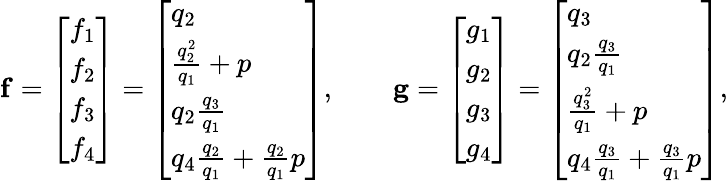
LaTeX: \mathbf{f}=\left[\begin{array}{l}{f_{1}}\\ {f_{2}}\\ {f_{3}}\\ {f_{4}}\end{array}\right]=\left[\begin{array}{l}{q_{2}}\\ {\frac{q_{2}^{2}}{q_{1}}+p}\\ {q_{2}\frac{q_{3}}{q_{1}}}\\ {q_{4}\frac{q_{2}}{q_{1}}+\frac{q_{2}}{q_{1}}p}\end{array}\right],\qquad\mathbf{g}=\left[\begin{array}{l}{g_{1}}\\ {g_{2}}\\ {g_{3}}\\ {g_{4}}\end{array}\right]=\left[\begin{array}{l}{q_{3}}\\ {q_{2}\frac{q_{3}}{q_{1}}}\\ {\frac{q_{3}^{2}}{q_{1}}+p}\\ {q_{4}\frac{q_{3}}{q_{1}}+\frac{q_{3}}{q_{1}}p}\end{array}\right],